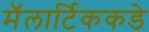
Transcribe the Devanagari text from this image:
मॅलार्टिककडे